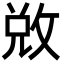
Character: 敚